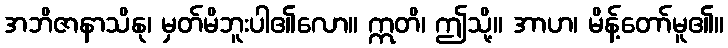
အဘိဇာနာသိနု၊ မှတ်မိဘူးပါ၏လော။ ဣတိ၊ ဤသို့။ အာဟ၊ မိန့်တော်မူ၏။